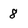
Character: 8